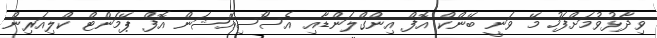
ވިދާޅުވުމަށްފަހު މޭ ވަނީ ބޭންކް އޮފް އިންގްލަންޑާއި އެސޯސިއޭޝަން އޮފް ޕޭމަންޓް ކްލިއަރިން